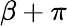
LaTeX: \beta+\pi